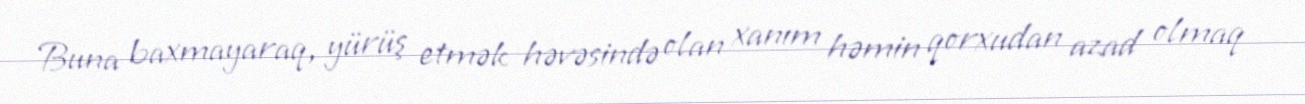
Buna baxmayaraq, yürüş etmək həvəsində olan xanım həmin qorxudan azad olmaq